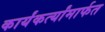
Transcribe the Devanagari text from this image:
कार्यंकर्त्यांमार्फत